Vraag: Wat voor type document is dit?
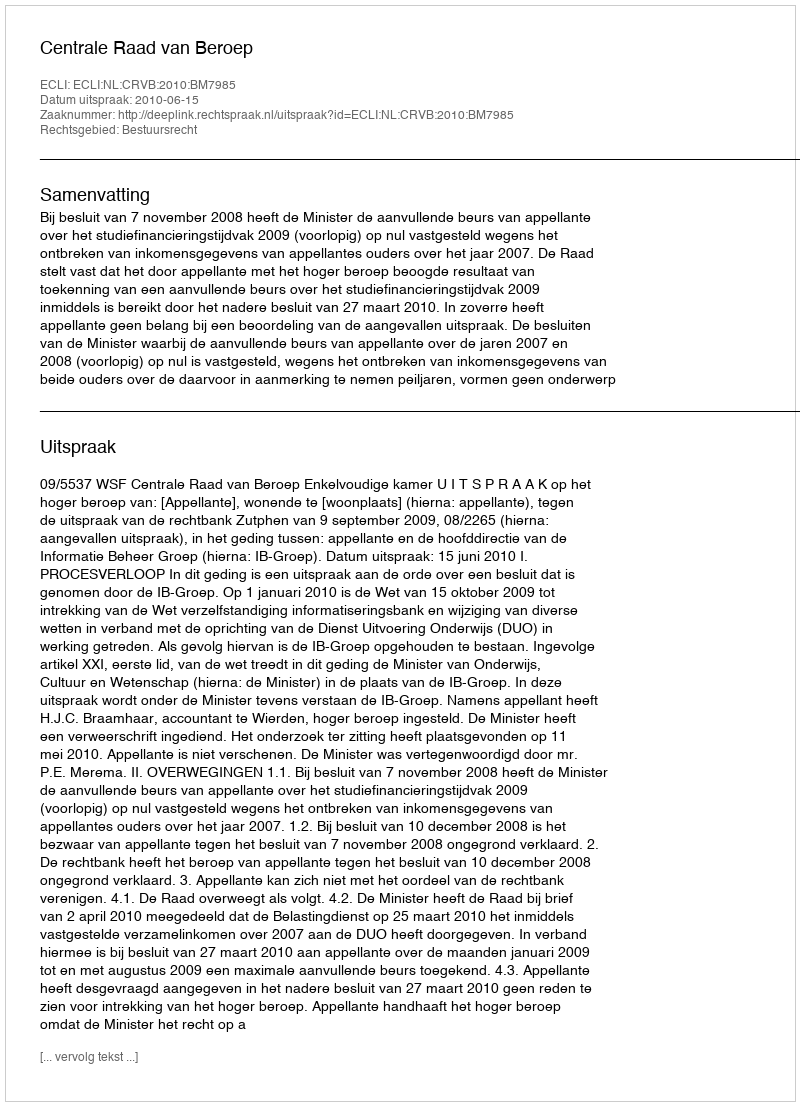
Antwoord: Uitspraak